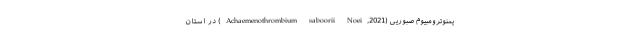
یمنوترومبیوم صبوریی (Achaemenothrombium saboorii Noei,2021) در استان